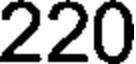
220